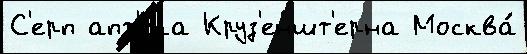
С'ерп апт'е́ка Круз'еншт'ерна Москва́